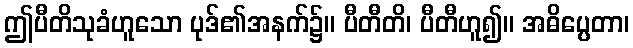
ဤပီတိသုခံဟူသော ပုဒ်၏အနက်၌။ ပီတီတိ၊ ပီတီဟူ၍။ အဓိပ္ပေတာ၊